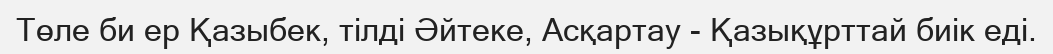
Төле би ер Қазыбек, тілді Әйтеке, Асқартау - Қазықұрттай биік еді.